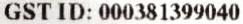
GST ID: 000381399040